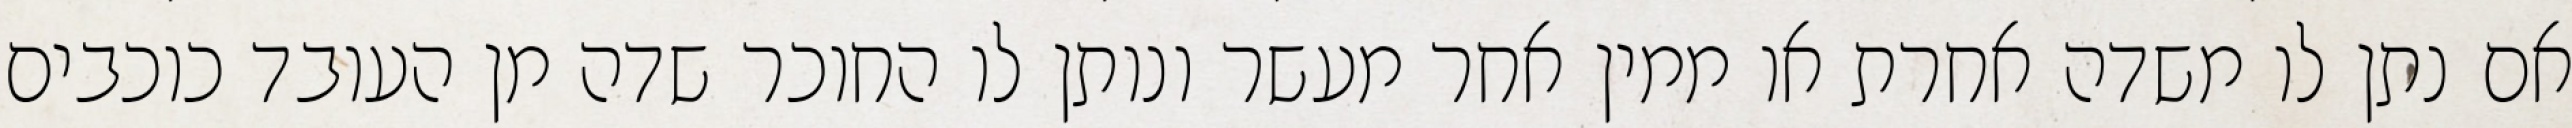
אם נתן לו משדה אחרת או ממין אחר מעשר ונותן לו החוכר שדה מן העובד כוכבים